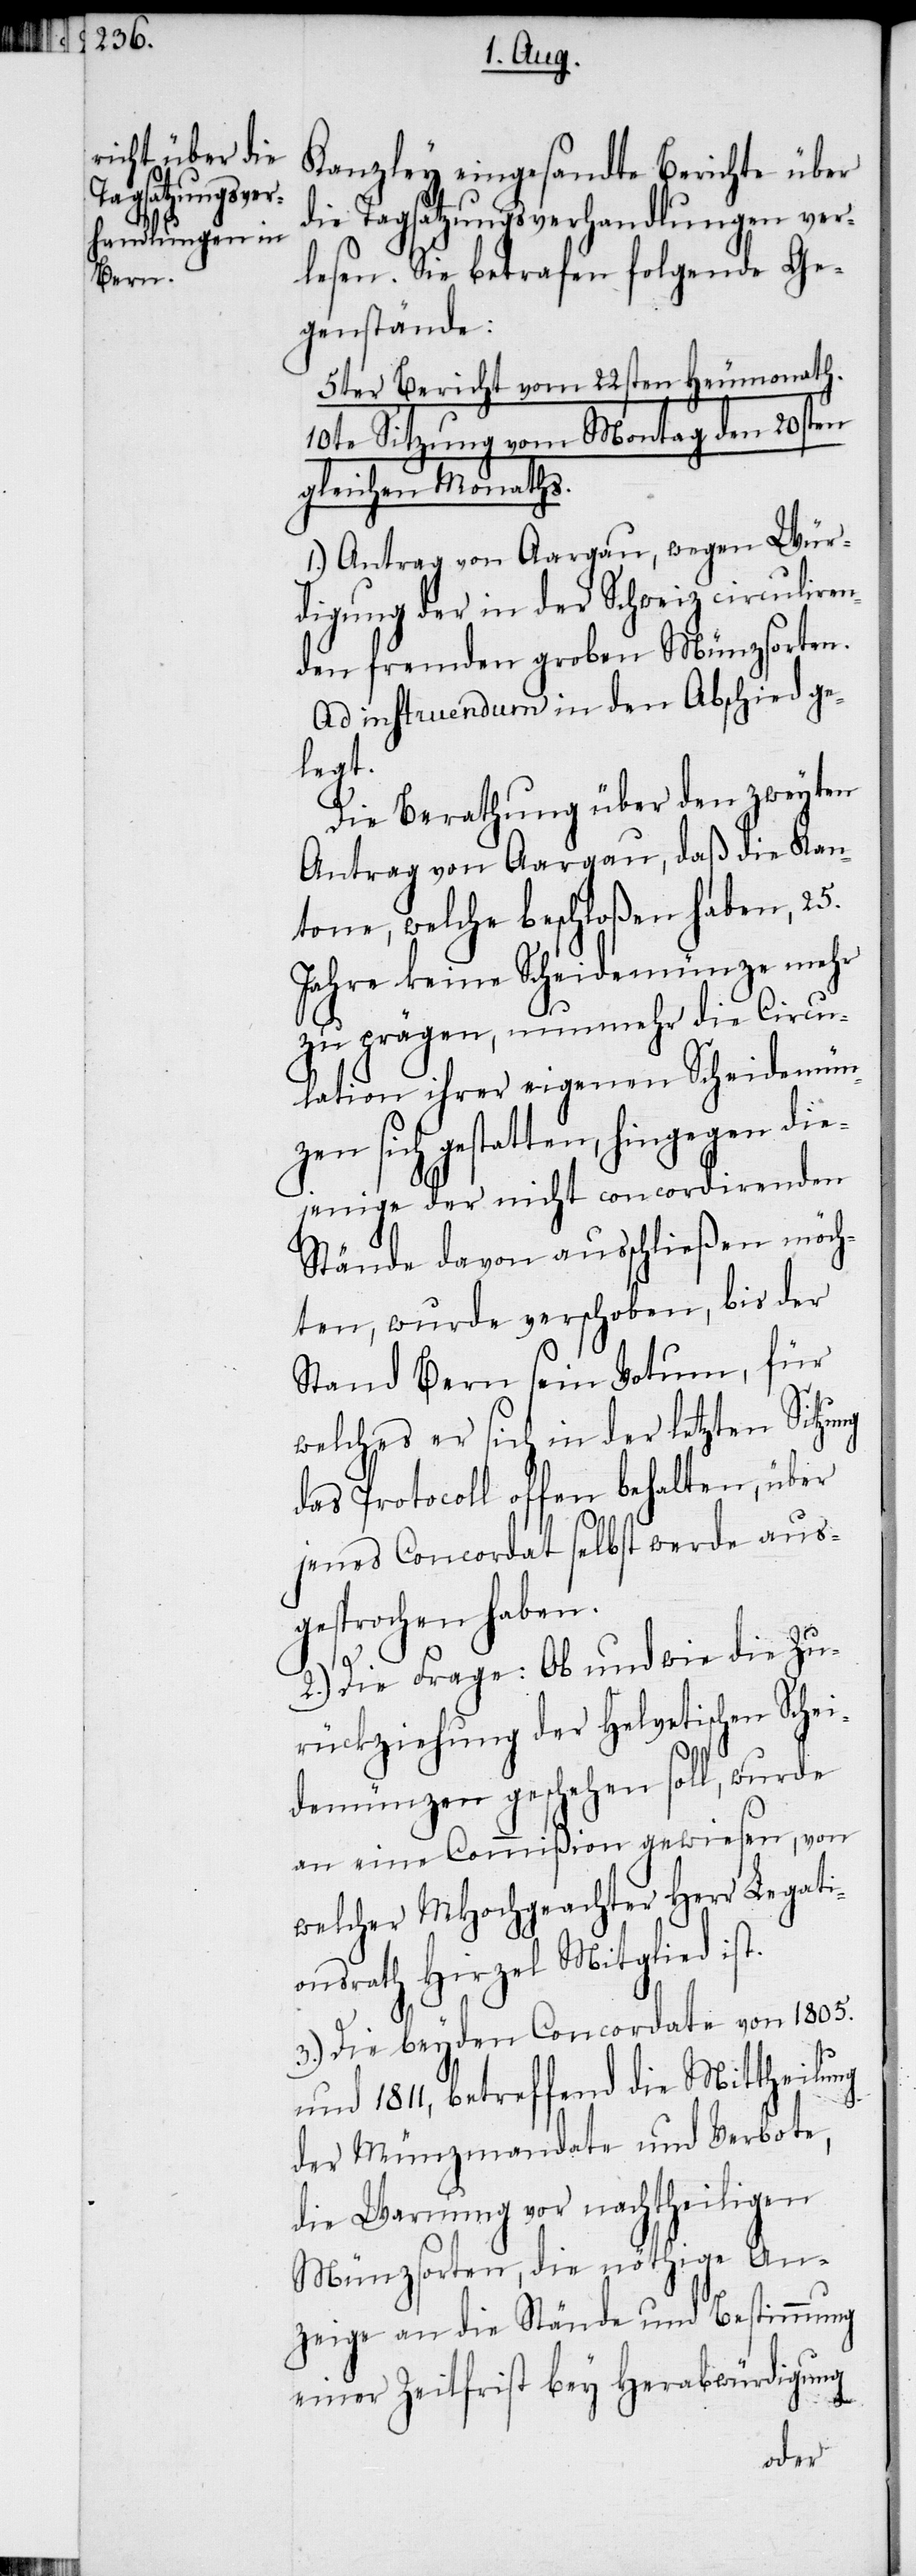
Kanzley eingesandte Berichte über
die Tagsatzungsverhandlungen ver¬
lesen. Sie betrafen folgende Ge¬
genstände:
5ter Bericht vom 22sten Heumonath.
10te Sitzung vom Montag den 20sten
gleichen Monaths.
1.) Antrag von Aargau, wegen Wür¬
digung der in der Schweiz circuliren¬
den fremden groben Münzsorten.
Ad instruendum in den Abschied ge¬
legt.
Die Berathung über den zweyten
Antrag von Aargau, daß die Kan¬
tone, welche beschloßen haben, 25.
Jahre keine Scheidemünze mehr
zu prägen, nunmehr die Circu¬
lation ihrer eigenen Scheidemün¬
zen sich gestatten, hingegen die¬
jenige der nicht concordirenden
Stände davon ausschließen möch¬
ten, wurde verschoben, bis der
Stand Bern sein Votum, für
welches er sich in der letzten Sitzung
das Protocoll offen behalten, über
jenes Concordat selbst werde aus¬
gesprochen haben.
2.) Die Frage: Ob und wie die Zu¬
rückziehung der Helvetischen Schei¬
demünzen geschehen soll, wurde
an eine Commißion gewiesen, von
welcher MHochgeachter Herr Legati¬
onsrath Hirzel Mitglied ist.
3.) Die beyden Concordate von 1805.
und 1811, betreffend die Mittheilung
der Münzmandate und Verbote,
die Warnung vor nachtheiligen
Münzsorten, die nöthige An¬
zeige an die Stände und Bestimmung
einer Zeitfrist bey Herabwürdigung